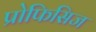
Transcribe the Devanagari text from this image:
प्रोफिसिज